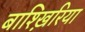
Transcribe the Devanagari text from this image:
बाश्ख़िरिया